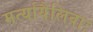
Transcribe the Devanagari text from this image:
मर्त्यायैलिवाः